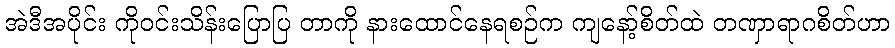
အဲဒီအပိုင်း ကိုဝင်းသိန်းပြောပြ တာကို နားထောင်နေရစဉ်က ကျနော့်စိတ်ထဲ တဏှာရာဂစိတ်ဟာ